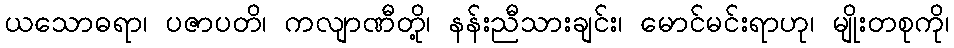
ယသောဓရာ၊ ပဇာပတိ၊ ကလျာဏီတို့၊ နန်းညီသားချင်း၊ မောင်မင်းရာဟု၊ မျိုးတစုကို၊